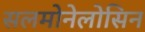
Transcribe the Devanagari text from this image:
सलमोनेलोसिन